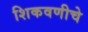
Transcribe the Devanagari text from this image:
शिकवणीचे